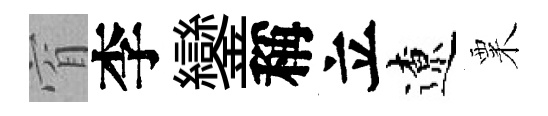
窅李鑾稱立遼粟